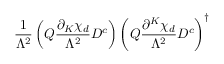
{ \frac { 1 } { \Lambda ^ { 2 } } } \left( { Q } { \frac { \partial _ { K } \chi _ { d } } { \Lambda ^ { 2 } } } D ^ { c } \right) \left( { Q } { \frac { \partial ^ { K } \chi _ { d } } { \Lambda ^ { 2 } } } D ^ { c } \right) ^ { \dagger }